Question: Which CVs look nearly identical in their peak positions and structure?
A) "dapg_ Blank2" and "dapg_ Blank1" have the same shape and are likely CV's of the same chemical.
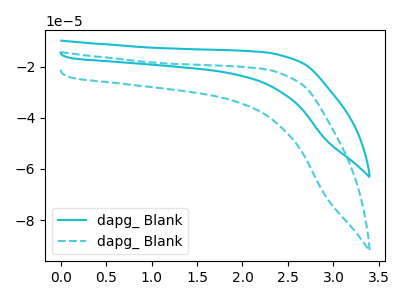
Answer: <think>The cyan curve "dapg_ Blank1" has no peaks. The cyan dashed curve "dapg_ Blank2" has no peaks.
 Neither "dapg_ Blank1" or "dapg_ Blank2" have any peaks.</think>
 <answer>A) "dapg_ Blank2" and "dapg_ Blank1" have the same shape and are likely CV's of the same chemical.</answer>
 <eval>A</eval>